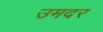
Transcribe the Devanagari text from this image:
उमदर